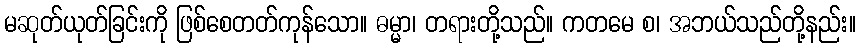
မဆုတ်ယုတ်ခြင်းကို ဖြစ်စေတတ်ကုန်သော။ ဓမ္မာ၊ တရားတို့သည်။ ကတမေ စ၊ အဘယ်သည်တို့နည်း။